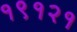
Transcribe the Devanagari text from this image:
१९१२१